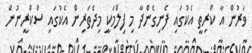
ވަރުން އާ ކްރިތީ އެކުގައި ފެނިގެންދާ މި ފިލްމަކީ މިދެތަރިން އެކުގައި ސްކްރީނުން